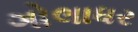
ગોલાધર